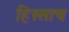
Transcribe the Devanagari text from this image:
हिस्साच